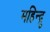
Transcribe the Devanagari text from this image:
महिन्द्रू